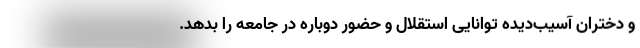
و دختران آسیب‌دیده توانایی استقلال و حضور دوباره در جامعه را بدهد.